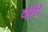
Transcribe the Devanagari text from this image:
व्हीटी